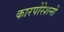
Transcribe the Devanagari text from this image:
कारपोरेशनों